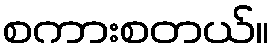
စကားစတယ်။